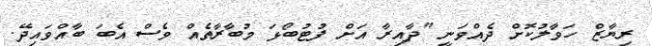
ރިޔާޒް ހަވާލުކޮށް ދެއްވަނީ "ދާއިރާ އަށް ފުޓުބޯޅަ މުބާރާތެއް ވެސް އެބަ ބާއްވައިދޭ.